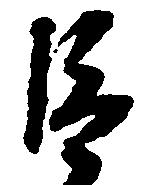
巨